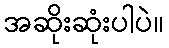
အဆိုးဆုံးပါပဲ။